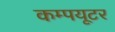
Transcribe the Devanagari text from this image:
कम्‍पयूटर